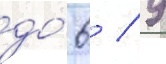
до́ 6 / 9